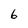
Character: 6